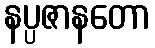
နပ္ပဇာနတော